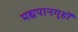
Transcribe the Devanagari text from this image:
मद्यपानगृहों